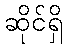
ဆိုင်ရှိ